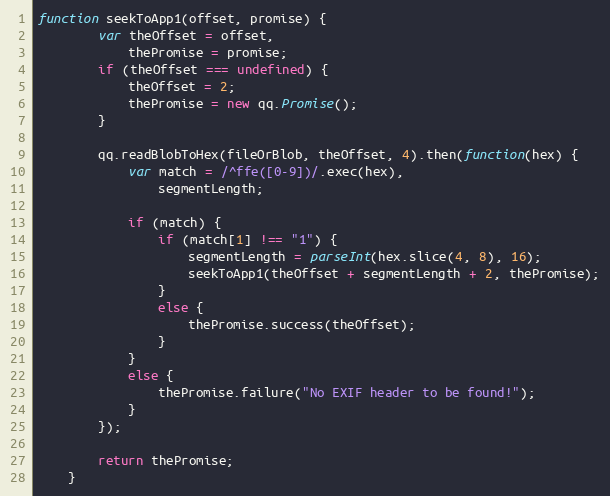
Language: JavaScript
function seekToApp1(offset, promise) {
        var theOffset = offset,
            thePromise = promise;
        if (theOffset === undefined) {
            theOffset = 2;
            thePromise = new qq.Promise();
        }

        qq.readBlobToHex(fileOrBlob, theOffset, 4).then(function(hex) {
            var match = /^ffe([0-9])/.exec(hex),
                segmentLength;

            if (match) {
                if (match[1] !== "1") {
                    segmentLength = parseInt(hex.slice(4, 8), 16);
                    seekToApp1(theOffset + segmentLength + 2, thePromise);
                }
                else {
                    thePromise.success(theOffset);
                }
            }
            else {
                thePromise.failure("No EXIF header to be found!");
            }
        });

        return thePromise;
    }